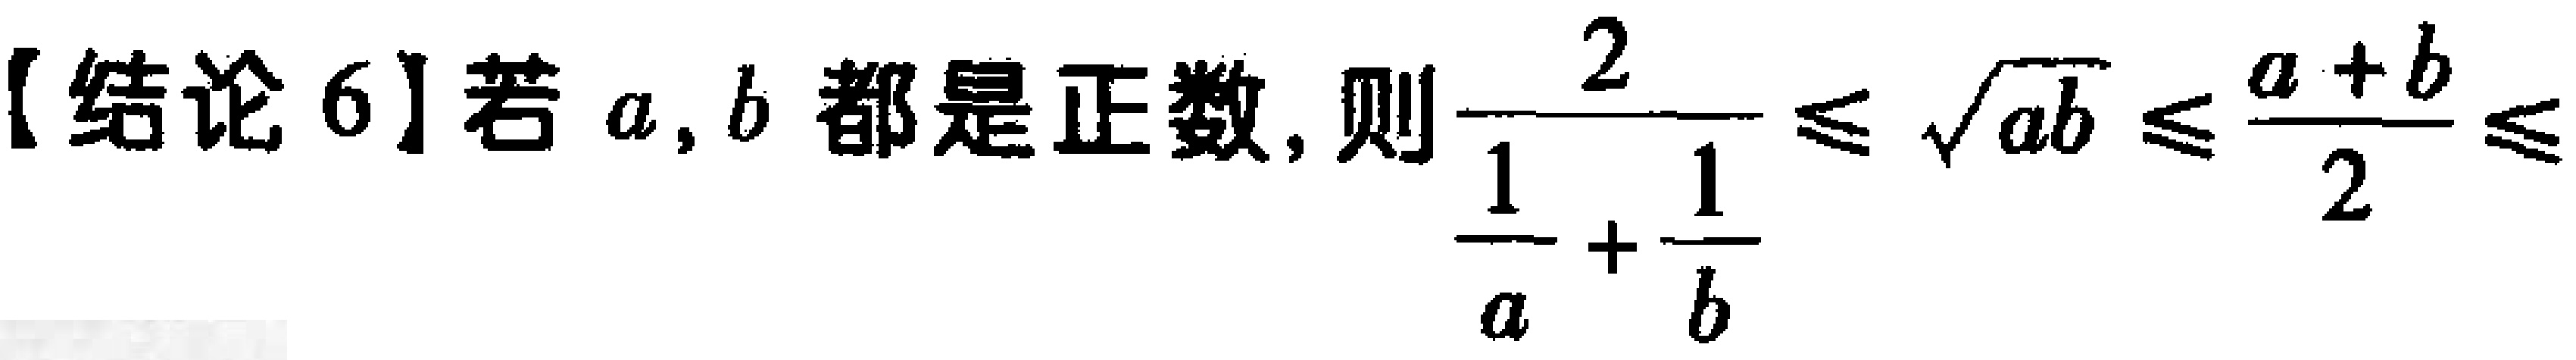
【结论6】若 \(a, b\) 都是正数, 则\(\frac{2}{\frac{1}{a}+\frac{1}{b}}\leq \sqrt{ab}\leq \frac{a + b}{2}\leq\)